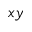
x y